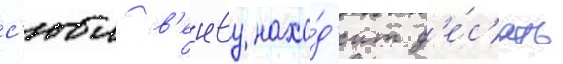
с'юи в'енву нахо́д'ит д'е́с'ять